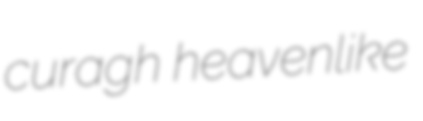
curagh heavenlike